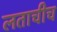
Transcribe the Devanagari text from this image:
लताचीच